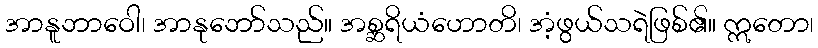
အာနူဘာဝေါ၊ အာနုဘော်သည်။ အစ္ဆရိယံဟောတိ၊ အံ့ဖွယ်သရဲဖြစ်၏။ ဣတော၊